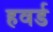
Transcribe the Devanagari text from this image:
हवर्ड